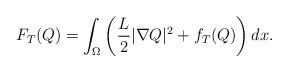
LaTeX: \begin{align*}F_T(Q)=\int_\Omega \left( \frac L2 |\nabla Q|^2 + f_T(Q) \right) dx.\end{align*}